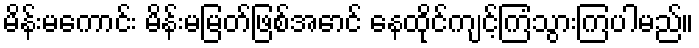
မိန်းမကောင်း မိန်းမမြတ်ဖြစ်အောင် နေထိုင်ကျင့်ကြံသွားကြပါမည်။